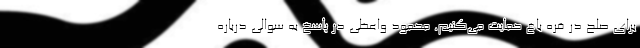
برای صلح در قره باغ حمایت می‌کنیم. محمود واعظی در پاسخ به سوالی درباره